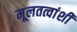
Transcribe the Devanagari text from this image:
मूलतत्वांशी